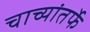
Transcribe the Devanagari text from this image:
चाच्यांतर्फे